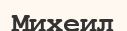
Михеил